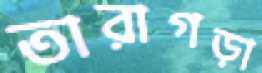
তারাগড়া